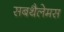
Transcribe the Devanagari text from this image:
सबथैलेमस